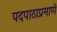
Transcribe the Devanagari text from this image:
पदपाठाप्रमाणें